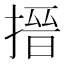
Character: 搢